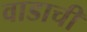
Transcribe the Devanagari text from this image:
वाडाची